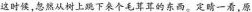
这时族，忽然从树上跳下来个毛茸茸的的东西。定晴一看，原